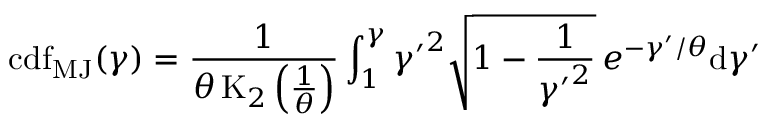
\operatorname { c d f } _ { \mathrm { M J } } ( \gamma ) = { \frac { 1 } { \theta \operatorname { K } _ { 2 } \left( { \frac { 1 } { \theta } } \right) } } \int _ { 1 } ^ { \gamma } { \gamma ^ { \prime } } ^ { 2 } { \sqrt { 1 - { \frac { 1 } { { \gamma ^ { \prime } } ^ { 2 } } } } } \, e ^ { - \gamma ^ { \prime } / \theta } \mathrm { d } \gamma ^ { \prime }